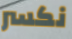
نكسر